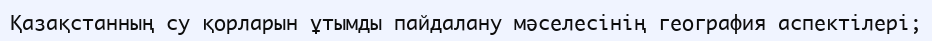
Қазақстанның су қорларын ұтымды пайдалану мәселесінің география аспектілері;